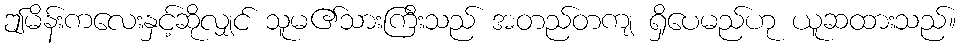
ဤမိန်းကလေးနှင့်ဆိုလျှင် သူမ၏သားကြီးသည် အတည်တကျ ရှိပေမည်ဟု ယူဆထားသည်။